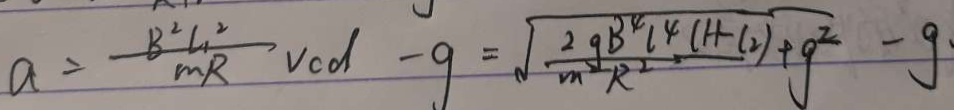
a = \frac { B ^ { 2 } L _ { 1 } ^ { 2 } } { m R } v c d - g = \sqrt { \frac { 2 g B ^ { 4 } l ^ { 4 } ( H - l ^ { 2 } ) } { m R ^ { 2 } } + g ^ { 2 } } - g